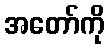
အတော်ကို